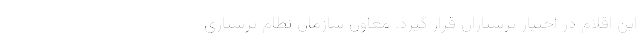
این اقلام در اختیار پرستاران قرار گیرد. معاون سازمان نظام پرستاری